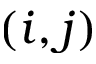
( i , j )